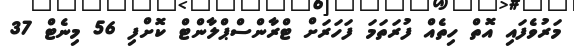
މަރުވެފައި އޮތް ހިތެއް ފުރަތަމަ ފަހަރަށް ޓްރާންސްޕްލާންޓް ކޮށްފި 56 މިނެޓް 37